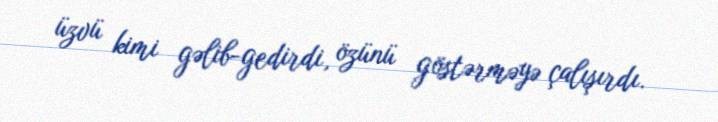
üzvü kimi gəlib-gedirdi, özünü göstərməyə çalışırdı.